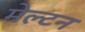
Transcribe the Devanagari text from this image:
मेल्टन